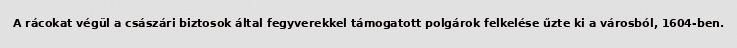
A rácokat végül a császári biztosok által fegyverekkel támogatott polgárok felkelése űzte ki a városból, 1604-ben.